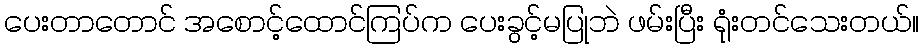
ပေးတာတောင် အစောင့်ထောင်ကြပ်က ပေးခွင့်မပြုဘဲ ဖမ်းပြီး ရုံးတင်သေးတယ်။